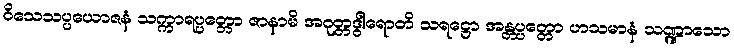
ဝိသေသပ္ပယောဇနံ သက္ကာရပ္ပတ္တော ဇာနာမိ အဂုတ္တဒွါရောတိ သရဋ္ဌော အန္တပ္ပတ္တော ဟသမာနံ သဏ္ဍာသော